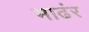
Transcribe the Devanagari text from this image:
माढंर